Malaria in the Duars
Disease focus: Malaria
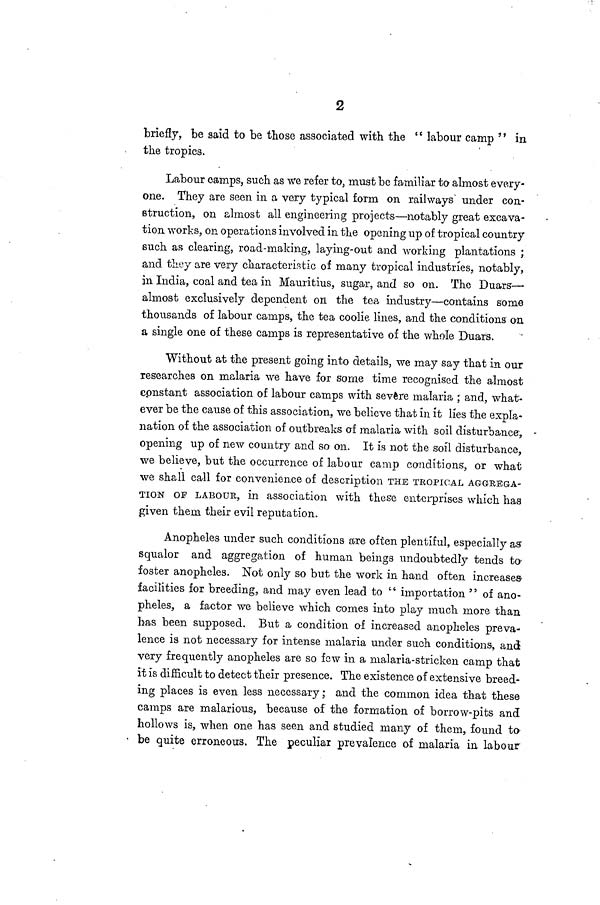
2
briefly, be said to be those associated with the " labour camp " in
the tropics.
Labour camps, such as we refer to, must be familiar to almost every-
one. They are seen in a very typical form on railways under con-
struction, on almost all engineering projects—notably great excava-
tion works, on operations involved in the opening up of tropical country
such as clearing, road-making, laying-out and working plantations ;
and they are very characteristic of many tropical industries, notably,
in India, coal and tea in Mauritius, sugar, and so on. The Duars—
almost exclusively dependent on the tea industry—contains some
thousands of labour camps, the tea coolie lines, and the conditions on
a single one of these camps is representative of the whole Duars.
Without at the present going into details, we may say that in our
researches on malaria we have for some time recognised the almost
constant association of labour camps with severe malaria ; and, what-
ever be the cause of this association, we believe that in it lies the expla-
nation of the association of outbreaks of malaria with soil disturbance,
opening up of new country and so on. It is not the soil disturbance,
we believe, but the occurrence of labour camp conditions, or what
we shall call for convenience of description THE TROPICAL AGGREGA-
TION OF LABOUR, in association with these enterprises which has
given them their evil reputation.
Anopheles under such conditíons are often plentiful, especially as
squalor and aggregation of human beings undoubtedly tends to
foster anopheles. Not only so but the work in hand often increases
facilities for breeding, and may even lead to " importation " of ano-
pheles, a factor we believe which comes into play much more than
has been supposed. But a condition of increased anopheles preva-
lence is not necessary for intense malaria under such conditions, and
very frequently anopheles are so few in a malaria-stricken camp that
it is difficult to detect their presence. The existence of extensive breed-
ing places is even less necessary; and the common idea that these
camps are malarious, because of the formation of borrow-pits and
hollows is, when one has seen and studied many of them, found to
be quite erroneous. The peculiar prevalence of malaria in labour